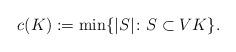
LaTeX: \begin{align*}c(K):=\min\{|S|\colon S\subset V K\}.\end{align*}